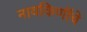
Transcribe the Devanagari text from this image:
नायकिणींचे